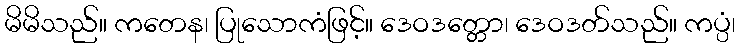
မိမိသည်။ ကတေန၊ ပြုသောကံဖြင့်။ ဒေဝဒတ္တော၊ ဒေဝဒတ်သည်။ ကပ္ပံ၊